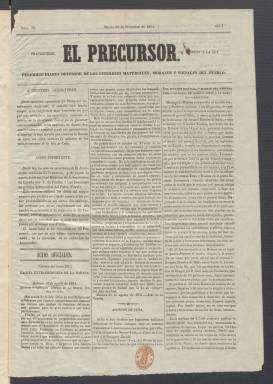
Título: El Precursor (Madrid)
Colección: Periódicos
Ámbito geográfico: Madrid
Lugar de publicación: Madrid
Fechas: 30/09/1851-28/12/1851

Este periódico absorbió a otro titulado El Anunciador, diario comercial nacido también en 1851 que fue paulatinamente ofreciendo más información a la par que publicidad, su original cometido. En su número del 30 de septiembre El Precursor avisaba de que saldría en adelante con un formato mayor y que se refundía con El Anunciador, aunque sin su director y redactores. Los suscriptores recibirían además un libro de regalo.

  La nueva publicación llevaba el subtítulo de Periódico diario defensor de los intereses materiales, morales y sociales del pueblo. En el número de 1 de octubre, El Precursor se vanagloriaba de su éxito al haber pasado de casi 200 a 1.300 suscriptores desde el16 de agosto que comenzó a editarse. Decía ser el periódico de mayores dimensiones que se publicaba en España por cuatro reales al mes.

   El Precursor estaba dirigido por El Pobre filósofo, seudónimo de Manuel Cuendías, según el libro ‘Unos cuantos seudónimos de escritores españoles’, publicado en 1904 y que se puede consultar en abierto en internet. Cuendías fue un escritor y periodista de ideas liberales nacido en Madrid en 1800 que tuvo que exiliarse en Francia durante el reinado absolutista de Fernando VII.

  El periódico señalaba que su propósito era tratar ‘cuestiones de intereses materiales, morales y sociales, de la mayor importancia y que interesan vivamente al país y mucho más que las contiendas meramente políticas o por mejor decir personales que, de algunos años a esta parte, alimentan la polémica periodística sin haber producido otro fruto que el engrandecimiento de algunos charlatanes en todos los partidos y el empobrecimiento del pobre pueblo’.

   El Precursor constaba de cuatro páginas y salvo sus artículos de fondo en los que exponía sus opiniones no partidistas no se diferenciaba mucho de otros periódicos en su contenido. Tenía una sección oficial con las disposiciones gubernamentales, crónica de las sesiones de las Cortes, un correo de provincias, noticias del extranjero, crónica local, sección religiosa, información de espectáculos y el inexcusable folletín novelesco. La última página estaba dedicada a los anuncios.

  Manuel Cundías, su director, fue profesor de español en Francia durante su exilio. De vuelta a España, en Barcelona, ganó la cátedra del instituto de lengua inglesa y más tarde fue catedrático en el instituto de San Isidro de Madrid. Es autor de un Curso de lengua inglesa y otro para la enseñanza del español en Francia, aparte de otras obras, según la Biblioteca Virtual de la Filología Española.

[Descripción publicada el 20/09/2024]